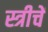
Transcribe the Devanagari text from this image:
स्त्रीचें